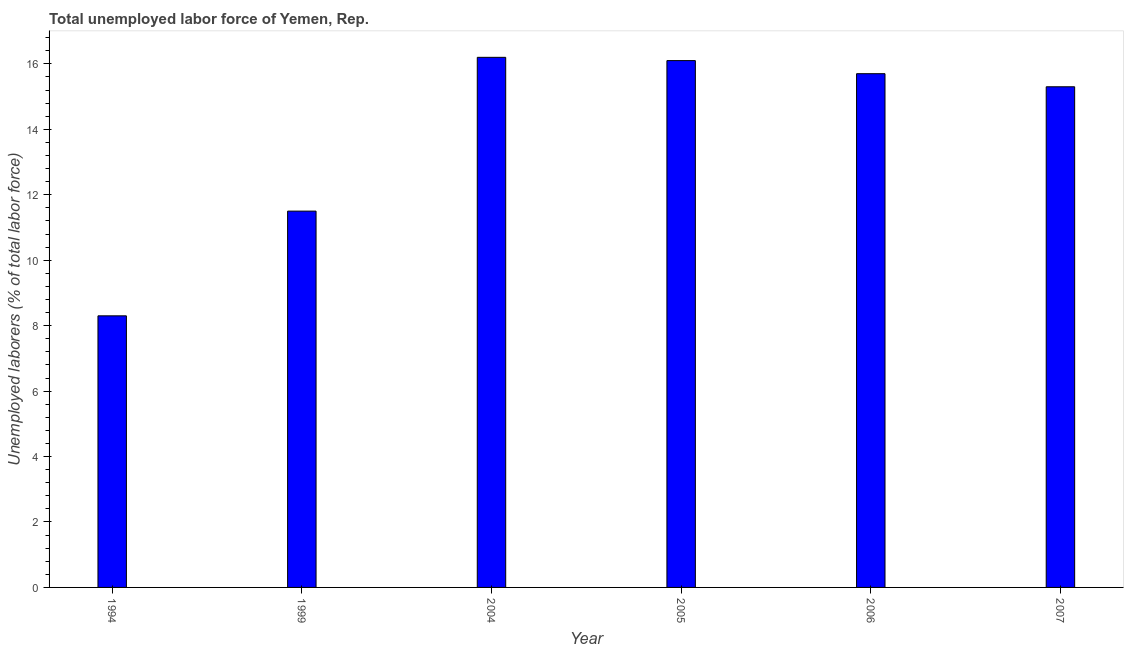
| Year | Unemployment total |
 | --- | --- |
 | 1994 | 8.3 |
 | 1999 | 11.5 |
 | 2004 | 16.2 |
 | 2005 | 16.1 |
 | 2006 | 15.7 |
 | 2007 | 15.3 |